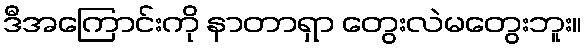
ဒီအကြောင်းကို နာတာရှာ တွေးလဲမတွေးဘူး။